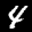
Label: 4